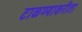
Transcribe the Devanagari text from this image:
टाळण्याकरीता